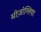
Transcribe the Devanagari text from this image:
मीज़ोग्लिया